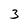
Character: 3